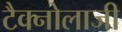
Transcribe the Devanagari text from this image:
टैक्नोलाजी